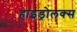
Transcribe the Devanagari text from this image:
हाइड्रोलक्स